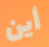
أين